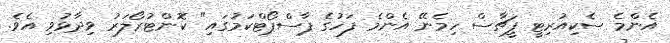
އެންމެ ސެކިއުރިޓީ ފީޗާސް ހިމެނޭ އެންމެ ފަހުގެ ޕާސްޕޯޓްކަމުގައި" ކޮންޓުރޯލަރު ވިދާޅުވި އެވެ.